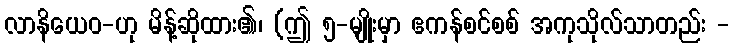
လာနိယေဝ-ဟု မိန့်ဆိုထား၏၊ (ဤ ၅-မျိုးမှာ ဧကန်စင်စစ် အကုသိုလ်သာတည်း -